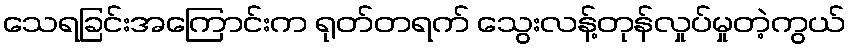
သေရခြင်းအကြောင်းက ရုတ်တရက် သွေးလန့်တုန်လှုပ်မှုတဲ့ကွယ်